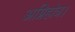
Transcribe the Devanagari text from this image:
अग्निहोत्र।